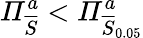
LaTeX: \mathit{\Pi}_{\overline{{S}}}^{a}<\mathit{\Pi}_{\overline{{S}}_{0.05}}^{a}